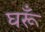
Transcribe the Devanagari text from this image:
घरूँ